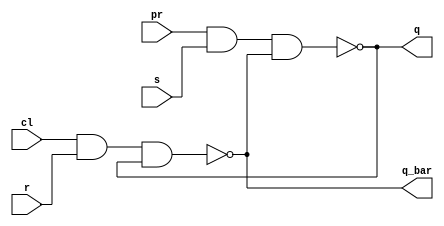
// ---------------------
// Latch SR com portas NAND,PRESET E CLEAR.
// Nome: Ndia de Ssouza Maciel Vieira Ferreira 
// ---------------------

//Implementar um latch SR com portas NAND,PRESET e CLEAR.
 
// -------------------------------------------------------------------------------------------------------------------------------------------------------------------

module latch_SR_NAND(q, q_bar, pr, cl, r, s);

	input r, s, pr, cl;
	output q, q_bar;
	
	nand NAND1(q, pr, s, q_bar); 
	nand NAND2(q_bar, cl, r, q);
	
endmodule

module Exercicio2;
wire q, q_bar;
reg s,r, pr,cl;

latch_SR_NAND LSR_NAND (q, q_bar,cl,pr, s, r);

initial begin:start
s=0; r=0;cl=0;pr=0;
end

initial begin: main
	   $display("Guia 10_02 -Ndia de Souza Maciel Vieira ferriera");
      $display("Latch SR com portas NAND");
		$display("R   S   CLEAR  PRESET   Q    Q'");
		$monitor("%b   %b    %b      %b       %b    %b", s, r, cl, pr,q_bar, q);
		
		#1 s=1; r=0; cl=0; pr=0;
		#1 s=0; r=1; cl=0; pr=0;
		#1 s=0; r=0; cl=1; pr=0;
		#1 s=0; r=0; cl=0; pr=1;
		#1 s=1; r=1; cl=1; pr=1;

end

endmodule

/* Resultado obtido
     
	      R   S   CLEAR  PRESET   Q    Q'
    0   0    0      0       1    1
    1   0    0      0       1    1
    0   1    0      0       1    1
    0   0    1      0       1    1
    0   0    0      1       1    1
    1   1    1      1       0    1
    


*/